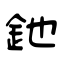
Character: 釶